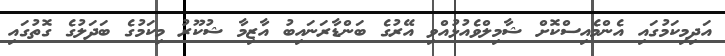
އަދިމިކަމުގައި އެންމެއިސްކޮށް ޝާމިލްވެއުޅުއްވި އޭރުގެ ބަންޑާރަނައިބު އާޒިމާ ޝުކޫރު މިކަމުގެ ބަދަލުގެ ގޮތުގައި